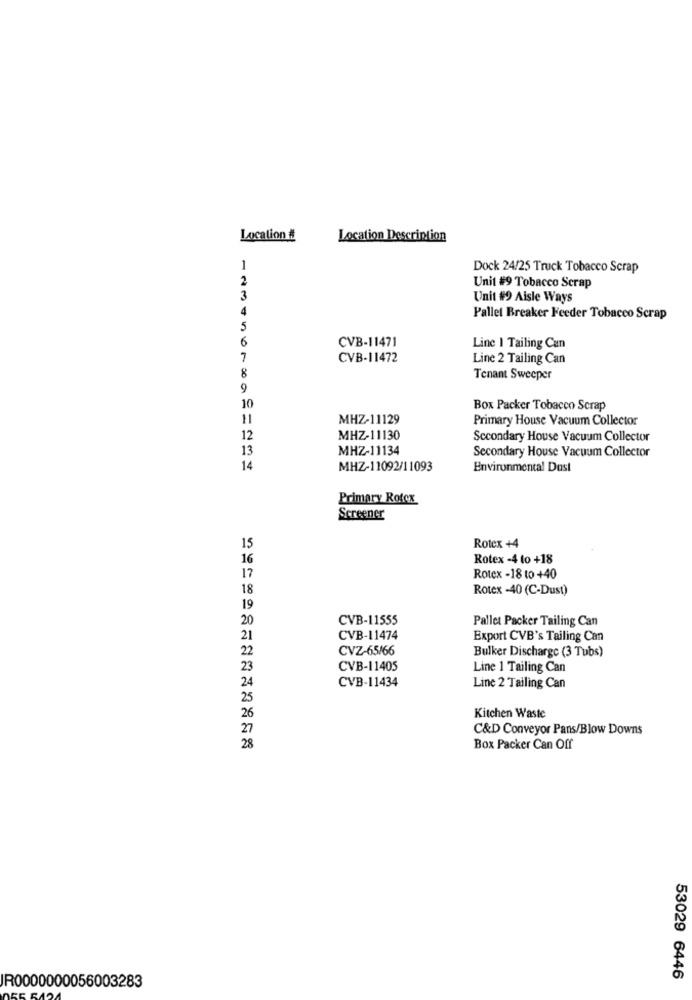
Location #
Location Description
1
Dock 24/25 Truck Tobacco Scrap
2
Unit #9 Tobacco Scrap
3
Unit #9 Aisle Ways
4
Pallet Breaker Feeder Tobacco Scrap
5
6
CVB-11471
Line I Tailing Can
7
CVB-11472
Line 2 Tailing Can
8
Tenant Sweeper
9
10
Box Packer Tobacco Scrap
11
MHZ-11129
Primary House Vacuum Collector
12
MHZ-11130
Secondary House Vacuum Collector
13
MHZ-11134
Secondary House Vacuum Collector
14
MHZ-11092/11093
Environmental Dust
Primary Rotex
Screener
Rotex +4
15
16
Rotex -4 to +18
17
Rotex -18 to +40
18
Rotex -40 (C-Dust)
19
20
CVB-11555
Pallet Packer Tailing Can
21
CVB-11474
Export CVB's Tailing Can
22
CVZ-65/66
Bulker Discharge (3 Tubs)
23
CVB-11405
Line 1 Tailing Can
24
CVB-11434
Line 2 Tailing Can
25
26
Kitchen Waste
27
C&D Conveyor Pans/Blow Downs
28
Box Packer Can Off
53029 6446
IR0000000056003283